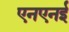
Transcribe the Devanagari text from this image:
एनएनई